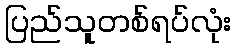
ပြည်သူတစ်ရပ်လုံး